Indian Medical Review
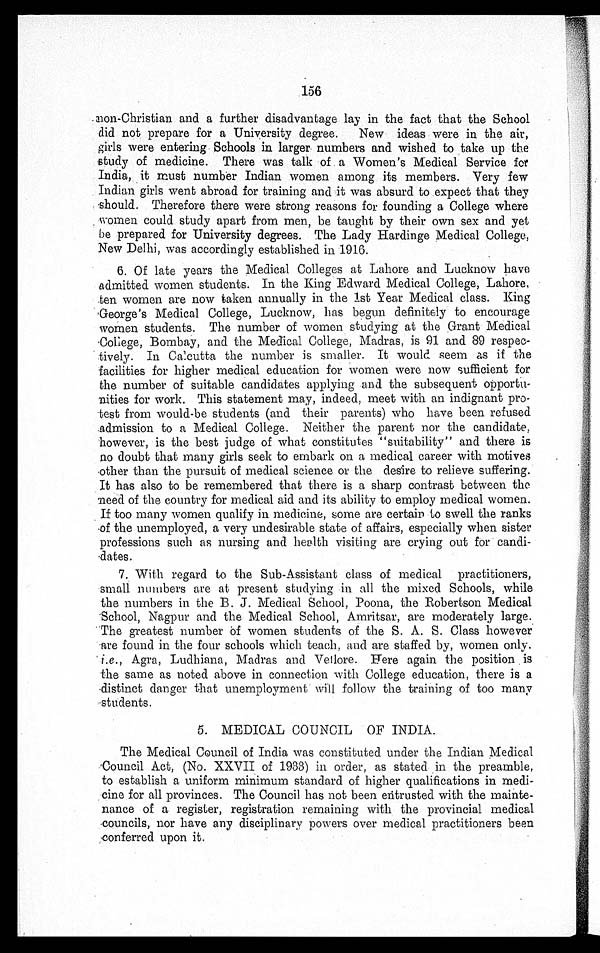
156
non-Christian and a further disadvantage lay in the fact that the School
did not prepare for a University degree. New ideas were in the air,
girls were entering Schools in larger numbers and wished to take up the
study of medicine. There was talk of a Women's Medical Service for
India, it must number Indian women among its members. Very few
Indian girls went abroad for training and it was absurd to expect that they
should. Therefore there were strong reasons for founding a College where
women could study apart from men, be taught by their own sex and yet
be prepared for University degrees. The Lady Hardinge Medical College,
New Delhi, was accordingly established in 1916.
6. Of late years the Medical Colleges at Lahore and Lucknow have
admitted women students. In the King Edward Medical College, Lahore,
ten women are now taken annually in the 1st Year Medical class. King
George's Medical College, Lucknow, has begun definitely to encourage
women students. The number of women studying at the Grant Medical
College, Bombay, and the Medical College, Madras, is 91 and 89
respectively. In Calcutta the number is smaller. It would seem as if the
facilities for higher medical education for women were now sufficient for
the number of suitable candidates applying and the subsequent opportu
-nities for work. This statement may, indeed, meet with an indignant pro
-test from would-be students (and their parents) who have been refused
admission to a Medical College. Neither the parent nor the candidate,
however, is the best judge of what constitutes "suitability" and there is
no doubt that many girls seek to embark on a medical career with motives
other than the pursuit of medical science or the desire to relieve suffering.
It has also to be remembered that there is a sharp contrast between the
need of the country for medical aid and its ability to employ medical women.
If too many women qualify in medicine, some are certain to swell the ranks
of the unemployed, a very undesirable state of affairs, especially when sister
professions such as nursing and health visiting are crying out
for candidates.
7. With regard to the Sub-Assistant class of medical practitioners,
small numbers are at present studying in all the mixed Schools, while
the numbers in the B. J. Medical School, Poona, the Robertson Medical
School, Nagpur and the Medical School, Amritsar, are moderately large.
The greatest number of women students of the S. A. S. Class however
are found in the four schools which teach, and are staffed by, women only.
i.e. , Agra, Ludhiana, Madras and Vellore. Here again the position is
the same as noted above in connection with College education, there is a
distinct danger that unemployment will follow the training of too many
students.
5. MEDICAL COUNCIL OF INDIA.
The Medical Council of India was constituted under the Indian Medical
Council Act, (No. XXVII of 1933) in order, as stated in the preamble,
to establish a uniform minimum standard of higher qualifications in
medicine for all provinces. The Council has not been entrusted with the mainte-
nance of a register, registration remaining with the provincial medical
councils, nor have any disciplinary powers over medical practitioners been
conferred upon it.